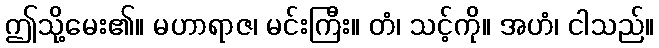
ဤသို့မေး၏။ မဟာရာဇ၊ မင်းကြီး။ တံ၊ သင့်ကို။ အဟံ၊ ငါသည်။